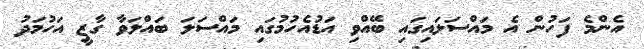
އެންމެ ފަހުން އެ މައްސަލައިގައި ބޭއްވި އަޑުއެހުމުގައި މައްސަލަ ބައްލަވާ ގާޒީ އަހުމަދު